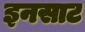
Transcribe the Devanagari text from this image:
इनसाट